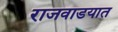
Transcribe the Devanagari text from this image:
राजवाडयात